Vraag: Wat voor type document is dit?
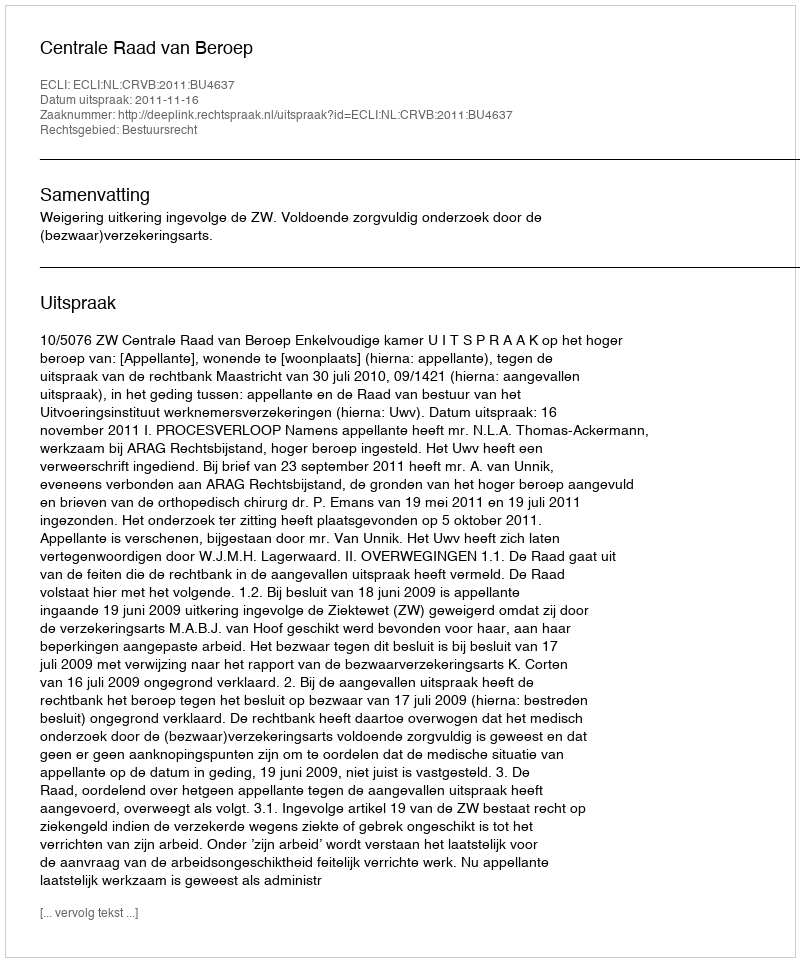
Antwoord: Uitspraak